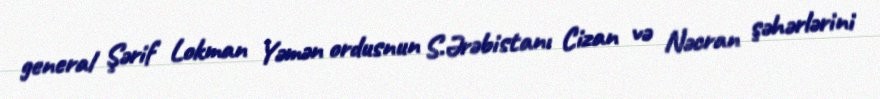
general Şərif Lokman Yəmən ordusnun S.Ərəbistanı Cizan və Nəcran şəhərlərini